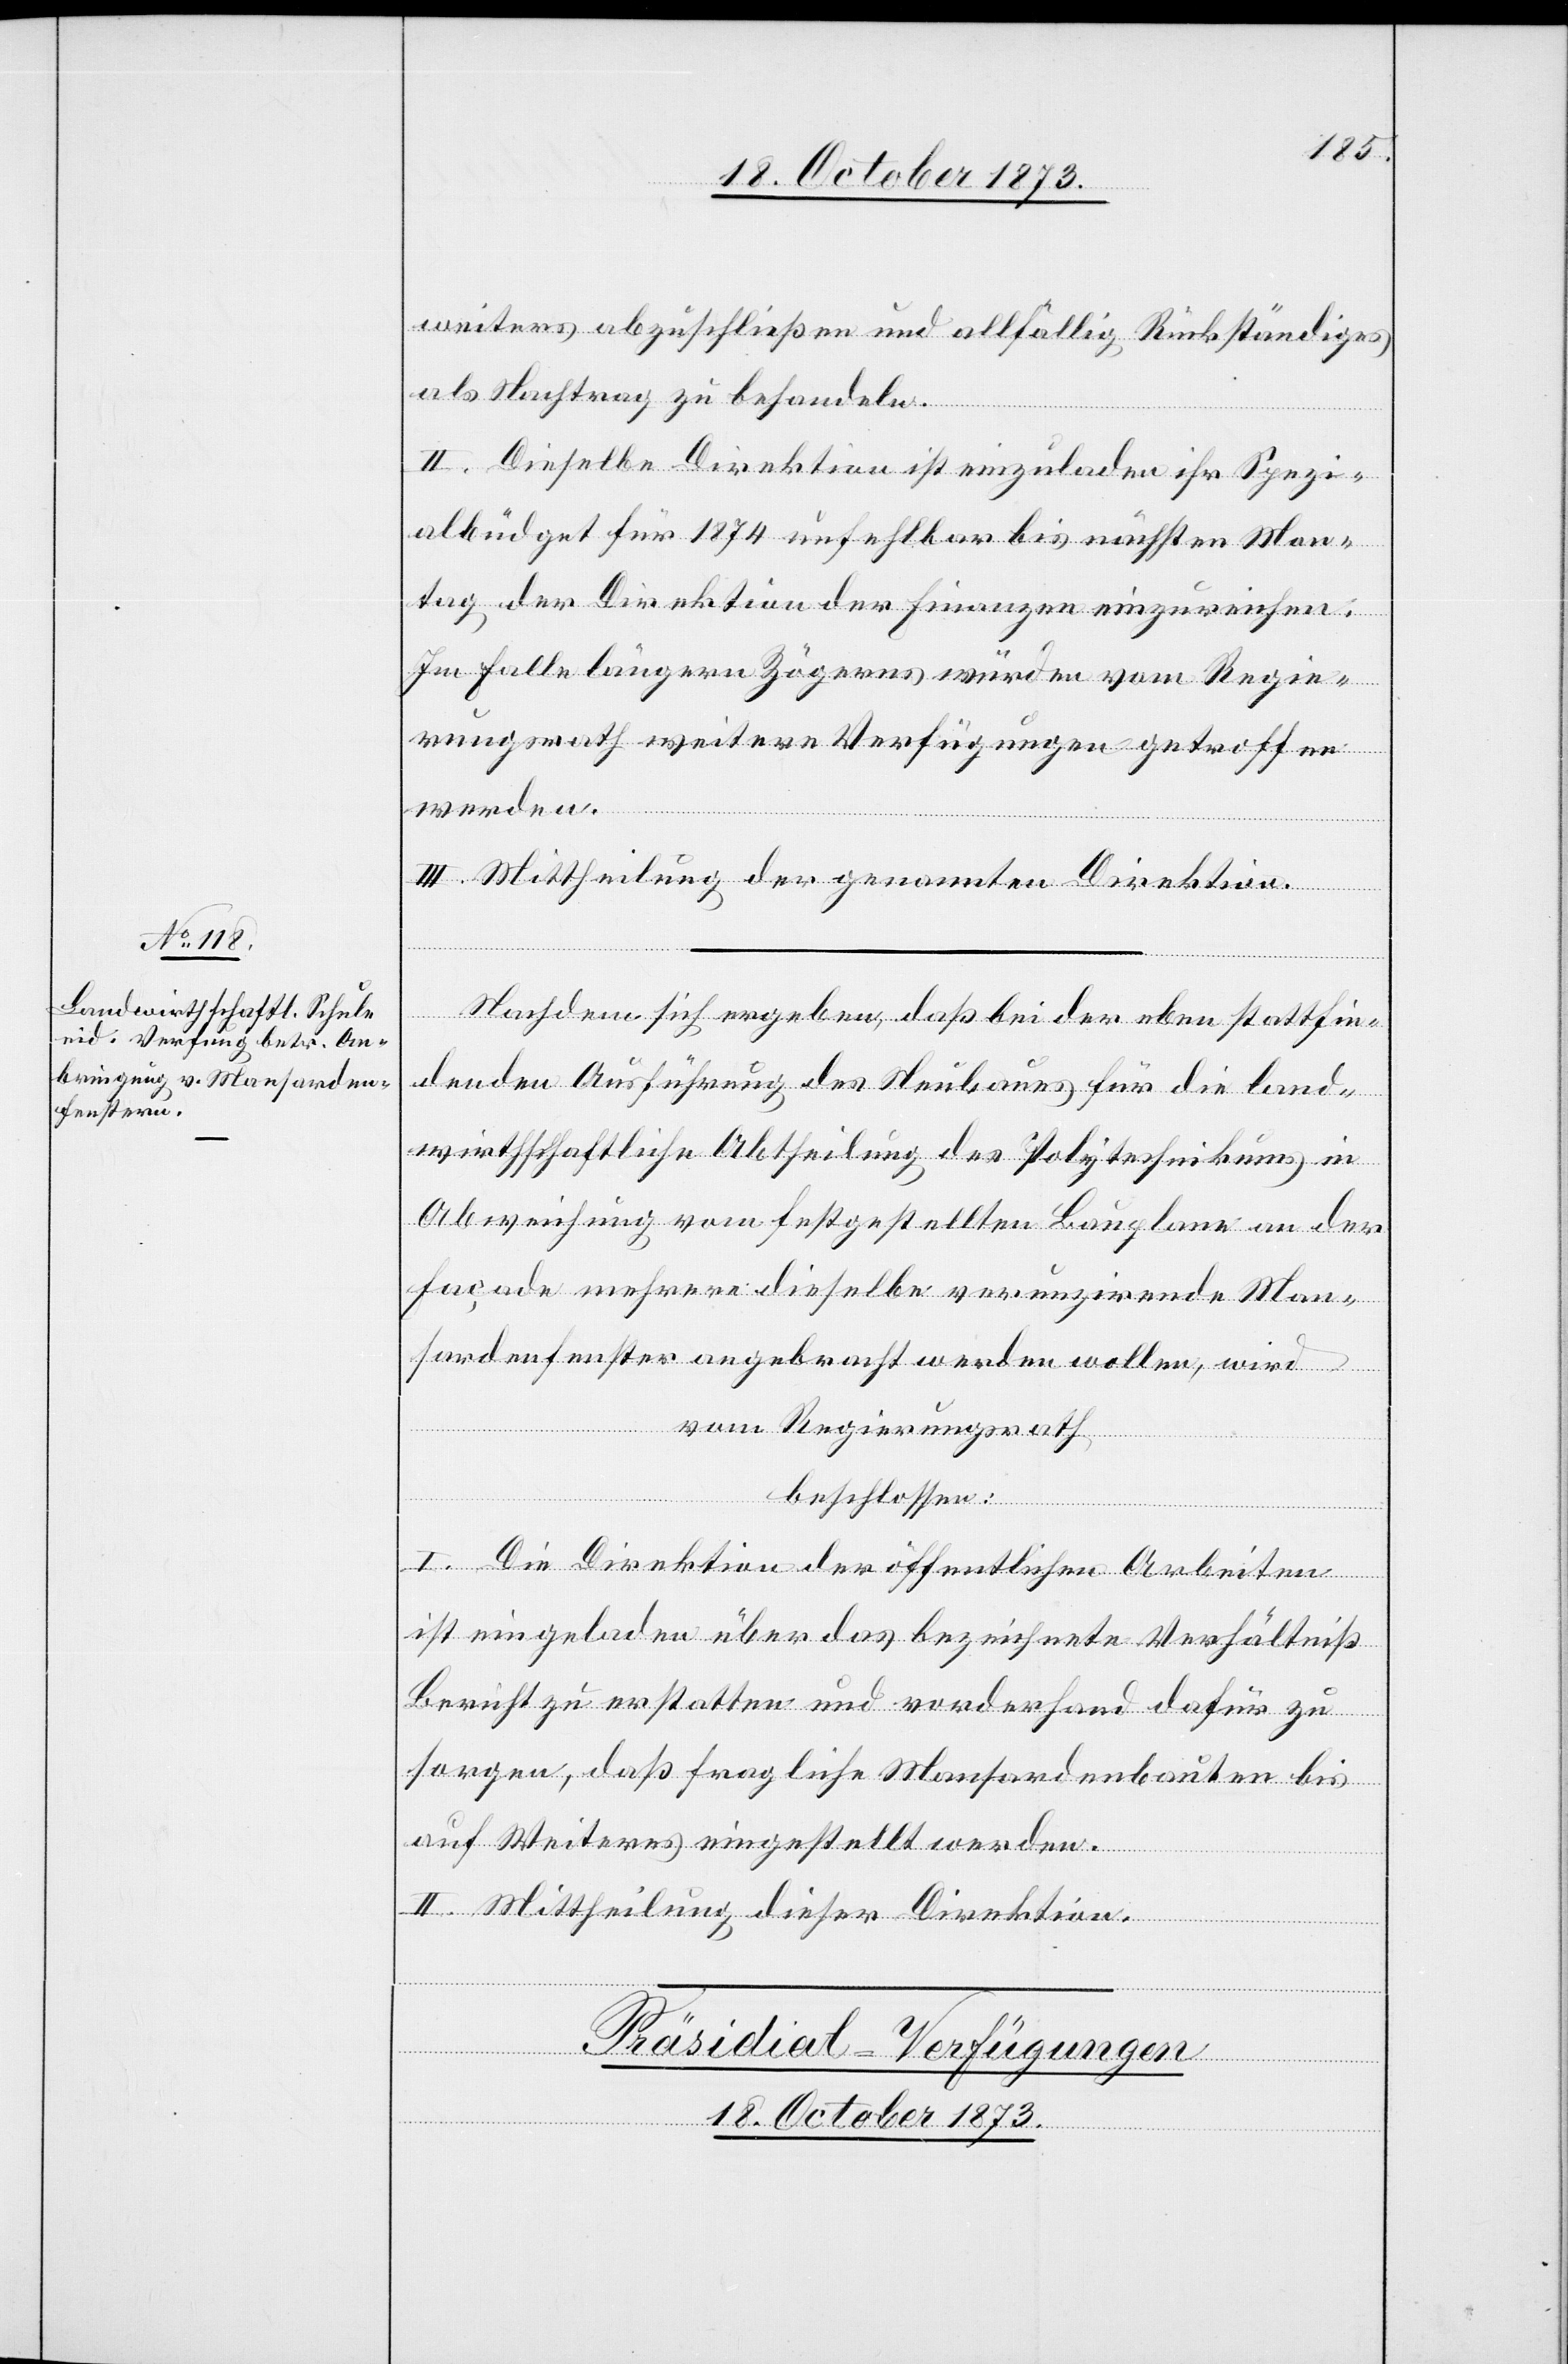
weiters abzuschließen und allfällig Rückständiges
als Nachtrag zu behandeln.
II. Dieselbe Direktion ist einzuladen ihr Spezi¬
albüdget für 1874 unfehlbar bis nächsten Mon¬
tag der Direktion der Finanzen einzureichen.
Im Falle längern Zögerns würden vom Regie¬
rungsrath weitere Verfügungen getroffen
werden.
III. Mittheilung der genannten Direktion.
Nachdem sich ergeben, daß bei der eben stattfin¬
denden Ausführung des Neubaues für die land¬
wirthschaftliche Abtheilung des Polytechnikums in
Abweichung vom festgestellten Bauplane an der
Façade mehrere dieselbe verunzirende Man¬
sardenfenster angebracht werden wollen, wird
vom Regierungsrath
beschlossen:
I. Die Direktion der öffentlichen Arbeiten
ist eingeladen über das bezeichnete Verhältniß
Bericht zu erstatten und vorderhand dafür zu
sorgen, daß fragliche Mansardenbauten bis
auf Weiteres eingestellt werden.
II. Mittheilung dieser Direktion.
Präsidial-Verfügungen
18. October 1873.